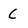
Character: C